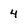
Character: 4